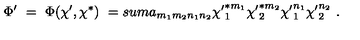
\Phi ^ { \prime } \ = \ \Phi ( \chi ^ { \prime } , \chi ^ { * } ) \ = s u m a _ { m _ { 1 } m _ { 2 } n _ { 1 } n _ { 2 } } { \chi ^ { \prime } } _ { 1 } ^ { * m _ { 1 } } { \chi ^ { \prime } } _ { 2 } ^ { * m _ { 2 } } { \chi ^ { \prime } } _ { 1 } ^ { n _ { 1 } } { \chi ^ { \prime } } _ { 2 } ^ { n _ { 2 } } \ .